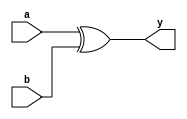
module xor_gate_df(a,b,y);
input a,b;
output wire y;
assign y = a^b;
endmodule